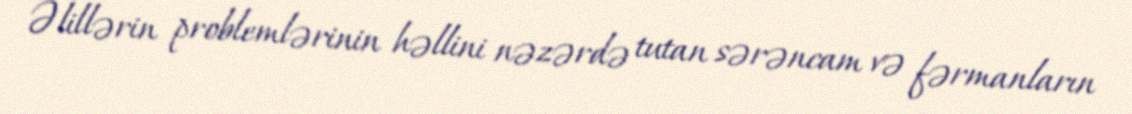
Əlillərin problemlərinin həllini nəzərdə tutan sərəncam və fərmanların